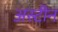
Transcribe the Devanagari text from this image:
अस्टीन